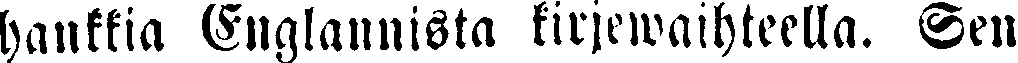
hankkia Englannista kirjewaihteella. Sen